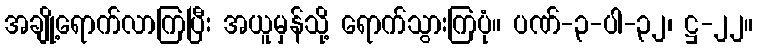
အချို့ရောက်လာကြပြီး အယူမှန်သို့ ရောက်သွားကြပုံ။ ပဏ်-၃-ပါ-၃၂၊ ဋ္ဌ-၂၂။